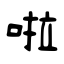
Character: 啦